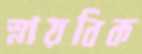
স্নায়বিক